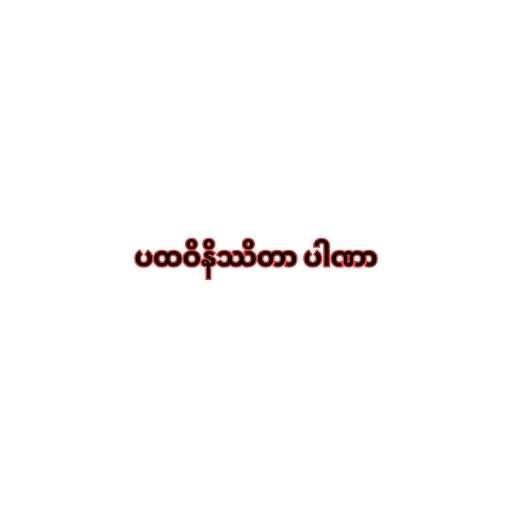
ပထဝိနိဿိတာ ပါဏာ